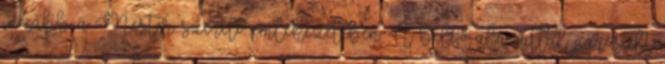
inkább a Mester szerető emlékezetében. A belső alázattal párosult